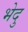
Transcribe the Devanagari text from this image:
भेदु